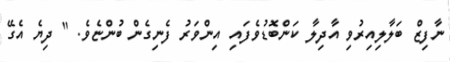
ނާފިޒް ބަލާލިއިރުވި އާދިލާ ކަންބޮޑުވެފައި އިންވަރު ފެނިގެން ބުންޏެވެ. " ދިޔެ އެގޭ